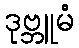
ဒုဗ္ဘူမံ